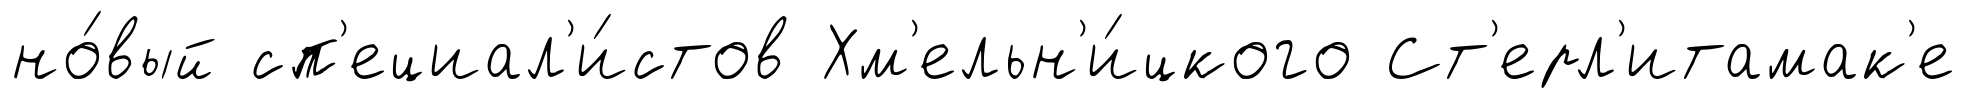
но́вый сп'ециал'и́стов Хм'ельн'и́цкого Ст'ерл'итамак'е